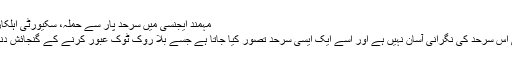
مہمند ایجنسی میں سرحد پار سے حملہ، سکیورٹی اہلکار اور تین عسکریت پسند ہلاک
دشوار گزار پہاڑی سلسلوں کی اس سرحد کی نگرانی آسان نہیں ہے اور اسے ایک ایسی سرحد تصور کیا جاتا ہے جسے بلا روک ٹوک عبور کرنے کے گنجائش دنیا بھر میں سب سے زیادہ ہے۔